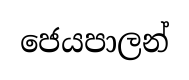
ජෙයපාලන්